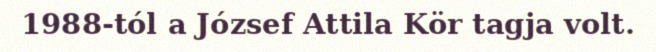
1988-tól a József Attila Kör tagja volt.